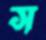
স